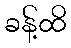
ခန့်ထိ